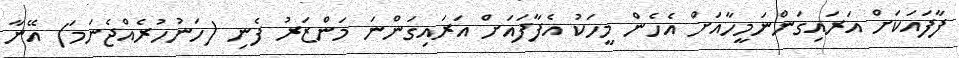
ފާފައަކަށް އަރައިގަންނަމީހާއަށް އެހެން މީހަކު އެފާފައަށް އަރައިގަންނަ މަންޒަރު ފެނި (ހަނުހުރެއްޖެނަމަ) އޭނާ